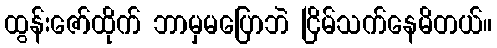
ထွန်းဇော်ထိုက် ဘာမှမပြောဘဲ ငြိမ်သက်နေမိတယ်။